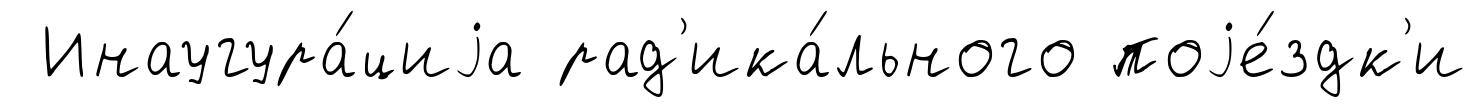
Инаугура́циjа рад'ика́льного поjе́здк'и